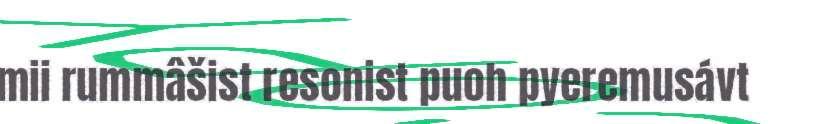
mii rummâšist resonist puoh pyeremusávt